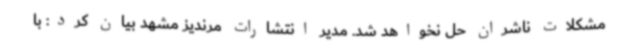
مشکلات ناشران حل نخواهد شد. مدیر انتشارات مرندیز مشهد بیان کرد: با